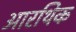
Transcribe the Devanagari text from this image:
आरथिक